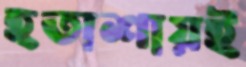
হতাশায়ই